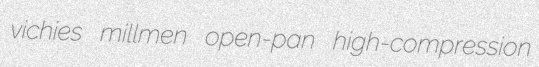
vichies millmen open-pan high-compression